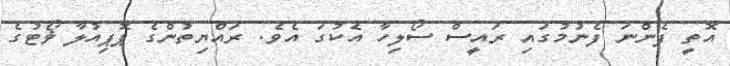
އޮތީ ފެންނަ ފެނުމުގައި ރައީސް ސޯލިހާ އެކުގަ އެވެ. ރައްޔިތުންގެ ޕޮޕިއުލާ ޥޯޓުގެ